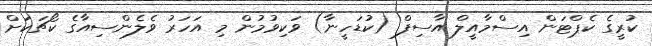
ކުރީގެ ކެޕްޓަން އިސްމާއީލް އާސިފް (ކުޑަހީނާ) ވަކިވުމުން މި އަހަރު ވެލެންސިއާގެ ކޯޗަކަށް